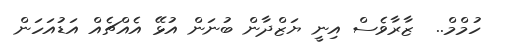
ހުމްމް..  ޒާރާވެސް އިނީ ޔަޒްދާން ބުނަން އުޅޭ އެއްޗެއް އަޑުއަހަން